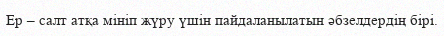
Ер – салт атқа мініп жүру үшін пайдаланылатын әбзелдердің бірі.